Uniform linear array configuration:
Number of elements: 48
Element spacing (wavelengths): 0.75
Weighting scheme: hann
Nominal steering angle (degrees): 30
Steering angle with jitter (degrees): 29.736
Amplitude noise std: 0.05
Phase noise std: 0.05

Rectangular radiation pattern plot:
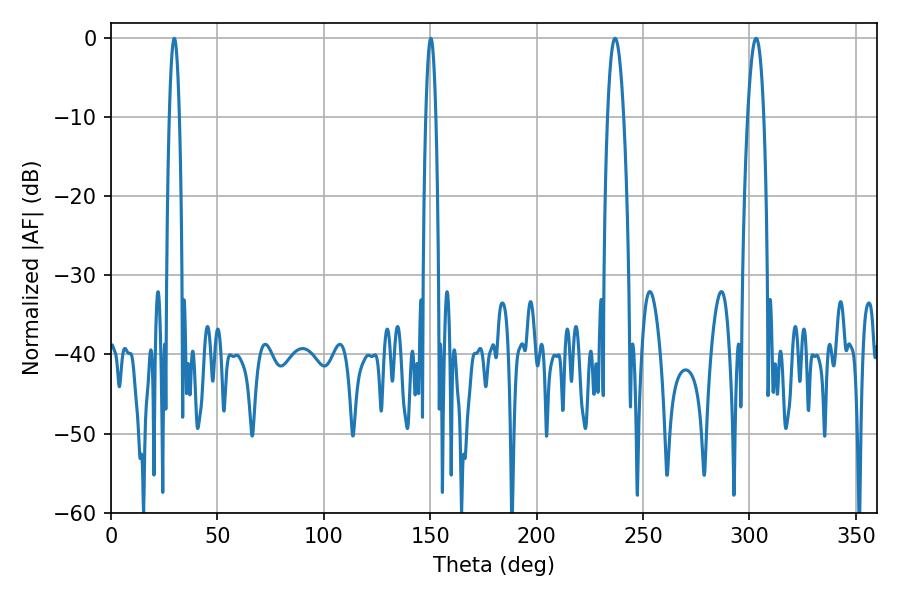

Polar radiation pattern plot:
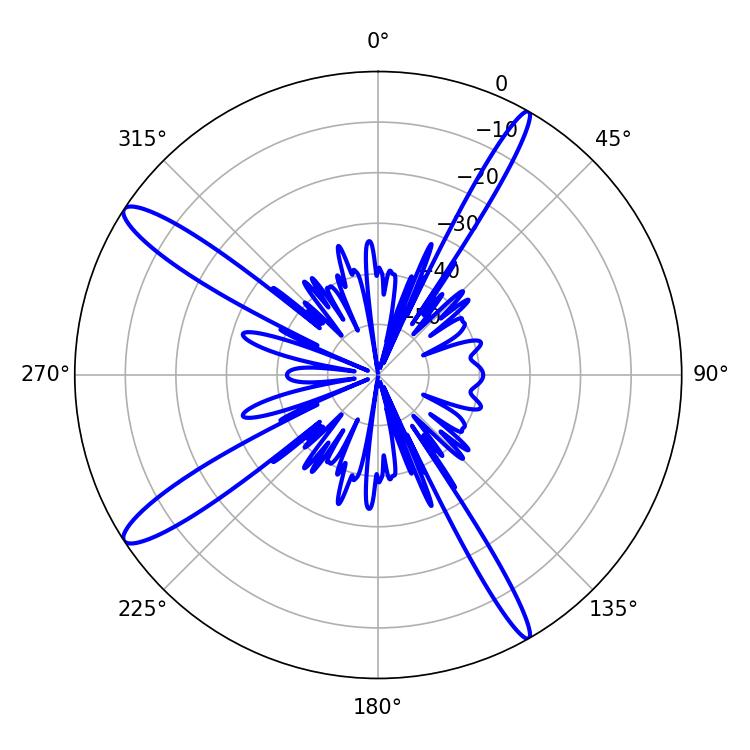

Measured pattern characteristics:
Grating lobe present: TRUE
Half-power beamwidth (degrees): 4.14
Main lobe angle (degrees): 236.88